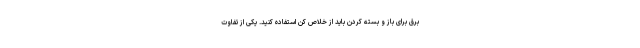
برق برای باز و بسته کردن باید از خلاص کن استفاده کنید. یکی از تفاوت